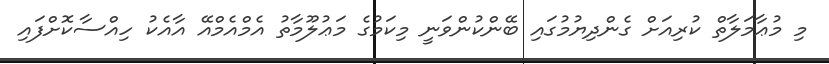
މި މުޢާމަލާތް ކުރިއަށް ގެންދިޔުމުގައި ބޭންކުންވަނީ މިކަމުގެ މަޢުލޫމާތު އެމްއެމްއޭ އާއެކު ހިއްސާކޮށްފައި